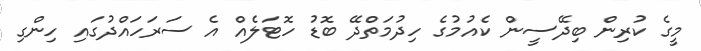
މީގެ ކުރިން ބިދޭސީން ކެއުމުގެ ހިދުމަތްދޭ ބޮޑު ހޮޓަލެއް އެ ސަރަހައްދުގައި ހިންގި